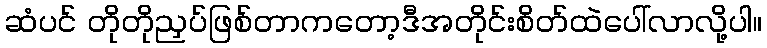
ဆံပင် တိုတိုညှပ်ဖြစ်တာကတော့ဒီအတိုင်းစိတ်ထဲပေါ်လာလို့ပါ။